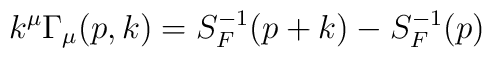
k^\mu \Gamma_\mu(p,k)=S_F^{-1}(p+k)-S_F^{-1}(p)